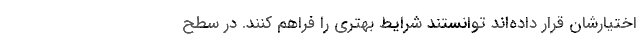
اختیارشان قرار داده‌اند توانستند شرایط بهتری را فراهم کنند. در سطح